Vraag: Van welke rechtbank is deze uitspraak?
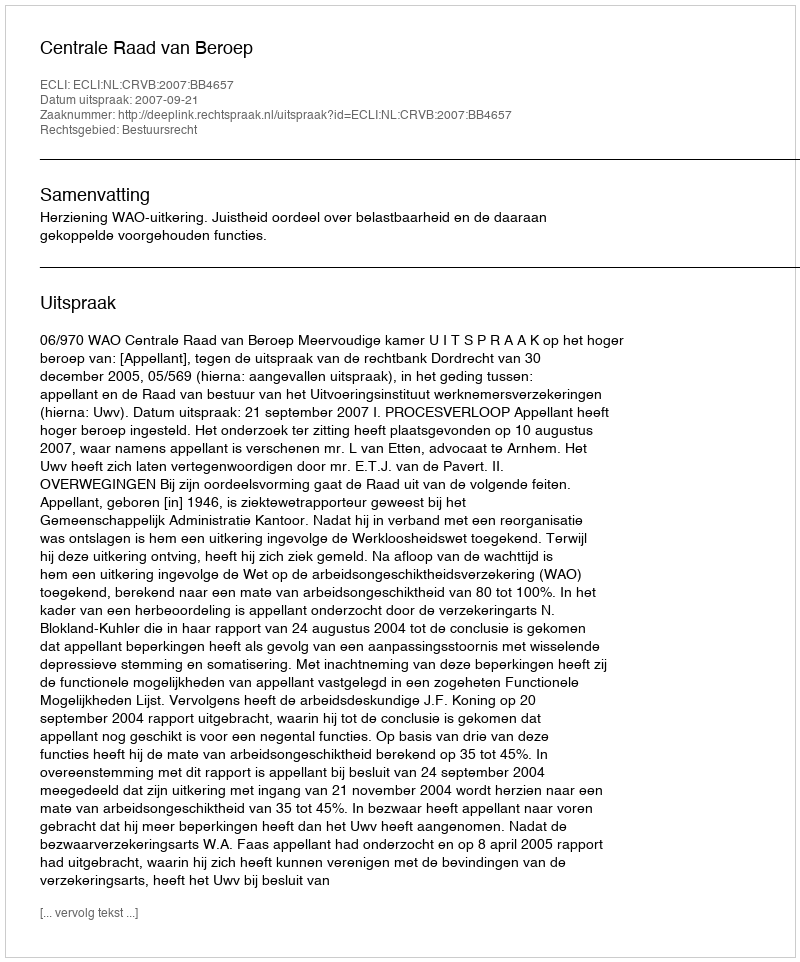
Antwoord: Centrale Raad van Beroep